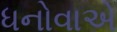
ધનોવાએ